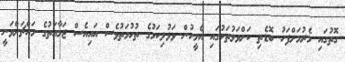
ގޮތުގައި މެރުމަށްފަހު ބޮޑެތި ކަށްވަޅުތަކުގައި އެމީހުން ވަޅުލިކަމުގެ ތުހުމަތުވެސް އައިއެސް ޖަމާއަތުގެ މައްޗަށްވަނީ